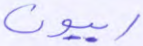
ربيون